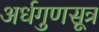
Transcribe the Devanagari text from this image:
अर्धगुणसूत्र